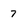
Character: 7